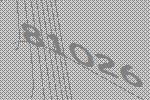
81026